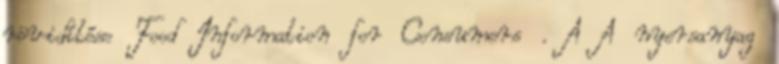
rövidítése Food Information for Consumers . A A nyersanyag